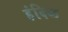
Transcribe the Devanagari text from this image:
हंदिळ